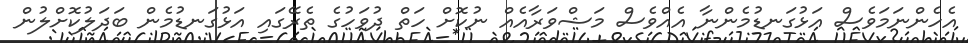
އެހެންނަމަވެސް އަޅުގަނޑުމެންނާ އެއްވެސް މަޝްވަރާއެއް ނުކޮށް ހަތް ދުވަހުގެ ތެރޭގައި އަޅުގަނޑުމެން ބަދަލުކޮށްލުން